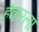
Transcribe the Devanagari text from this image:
हॅकरला